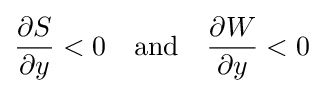
{\frac {\partial S}{\partial y}}<0\quad {\text{and}}\quad {\frac {\partial W}{\partial y}}<0